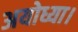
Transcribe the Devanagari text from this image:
अयोध्या।